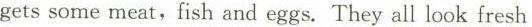
gets some meat,fish and eggs. They all look fresh